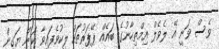
ވެސް ވަނީ އޭ ލެވެލް އިމްތިހާނުގެ ބައެއް ޕޭޕަރުތައް ލީކުވެފައިވާ ކަން ޔަގީން